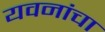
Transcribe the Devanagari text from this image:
यवनांचा